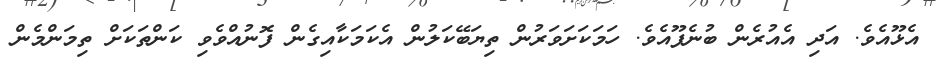
އެޅޫއެވެ. އަދި އެއުރެން ބުނެފޫއެވެ. ހަމަކަށަވަރުން ތިޔަބޭކަލުން އެކަމަކާއިގެން ފޮނުއްވެވި ކަންތަކަށް ތިމަންމެން